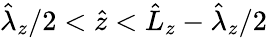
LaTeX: \hat{\lambda}_{z}/2<\hat{z}<\hat{L}_{z}-\hat{\lambda}_{z}/2